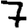
Digit: 7